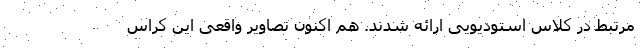
مرتبط در کلاس استودیویی ارائه شدند. هم اکنون تصاویر واقعی این کراس